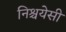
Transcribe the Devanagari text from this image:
निश्चयेसी